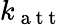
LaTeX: k_{\mathrm{~a~t~t~}}